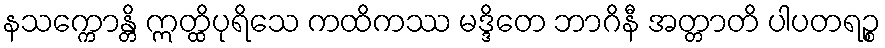
နသက္ကောန္တိ ဣတ္ထိပုရိသေ ကထိကဿ မဒ္ဒိတေ ဘာဂိနီ အတ္တာတိ ပါပတရဉ္စ